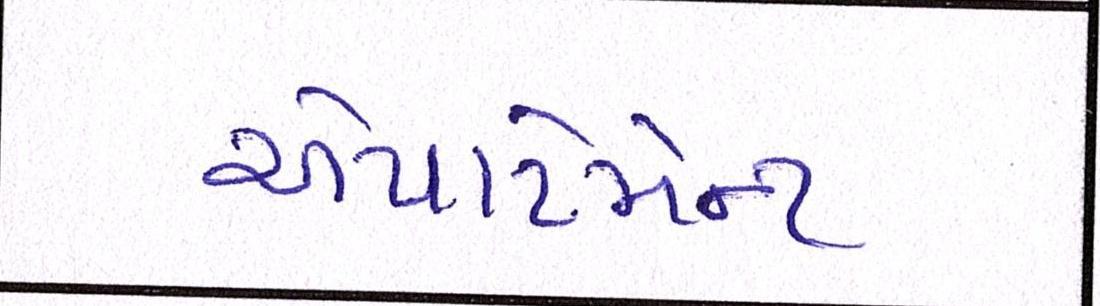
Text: એપાર્ટમેન્ટ